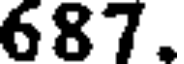
687.